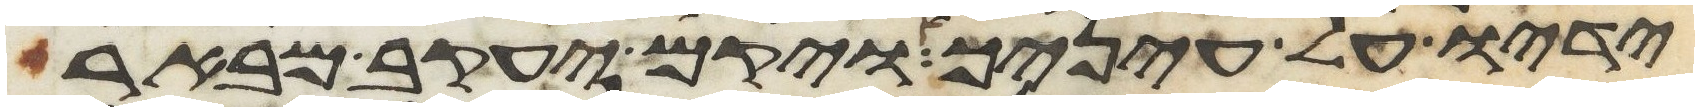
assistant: ידיו על עיניך ויקם יעקב מבאר